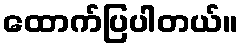
ထောက်ပြပါတယ်။